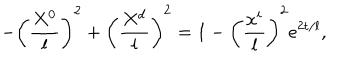
- \left( { \frac { X ^ { 0 } } { l } } \right) ^ { 2 } + \left( { \frac { X ^ { d } } { l } } \right) ^ { 2 } = 1 - \left( \frac { x ^ { i } } { l } \right) ^ { 2 } e ^ { 2 { \sf t } / l } ,